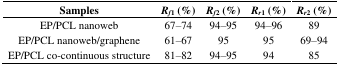
<table><thead><tr><td><b>Samples</b></td><td><b><i>R<sub>f</sub></i><sub>1</sub> (%)</b></td><td><b><i>R<sub>f</sub></i><sub>2</sub> (%)</b></td><td><b><i>R<sub>r</sub></i><sub>1</sub> (%)</b></td><td><b><i>R<sub>r</sub></i><sub>2</sub> (%)</b></td></tr></thead><tbody><tr><td>EP/PCL nanoweb</td><td>67–74</td><td>94–95</td><td>94–96</td><td>89</td></tr><tr><td>EP/PCL nanoweb/graphene</td><td>61–67</td><td>95</td><td>95</td><td>69–94</td></tr><tr><td>EP/PCL co-continuous structure</td><td>81–82</td><td>94–95</td><td>94</td><td>85</td></tr></tbody></table>